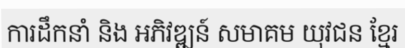
ការដឹកនាំ និង អភិវឌ្ឍន៍ សមាគម យុវជន ខ្មែរ